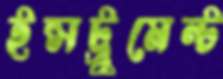
ইন্সট্রুমেন্ট